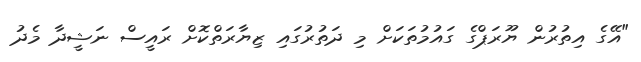
"އޭގެ އިތުރުން ޔޫރަޕްގެ ގައުމުތަކަށް މި ދަތުރުގައި ޒިޔާރަތްކޮށް ރައީސް ނަޝީދާ މެދު